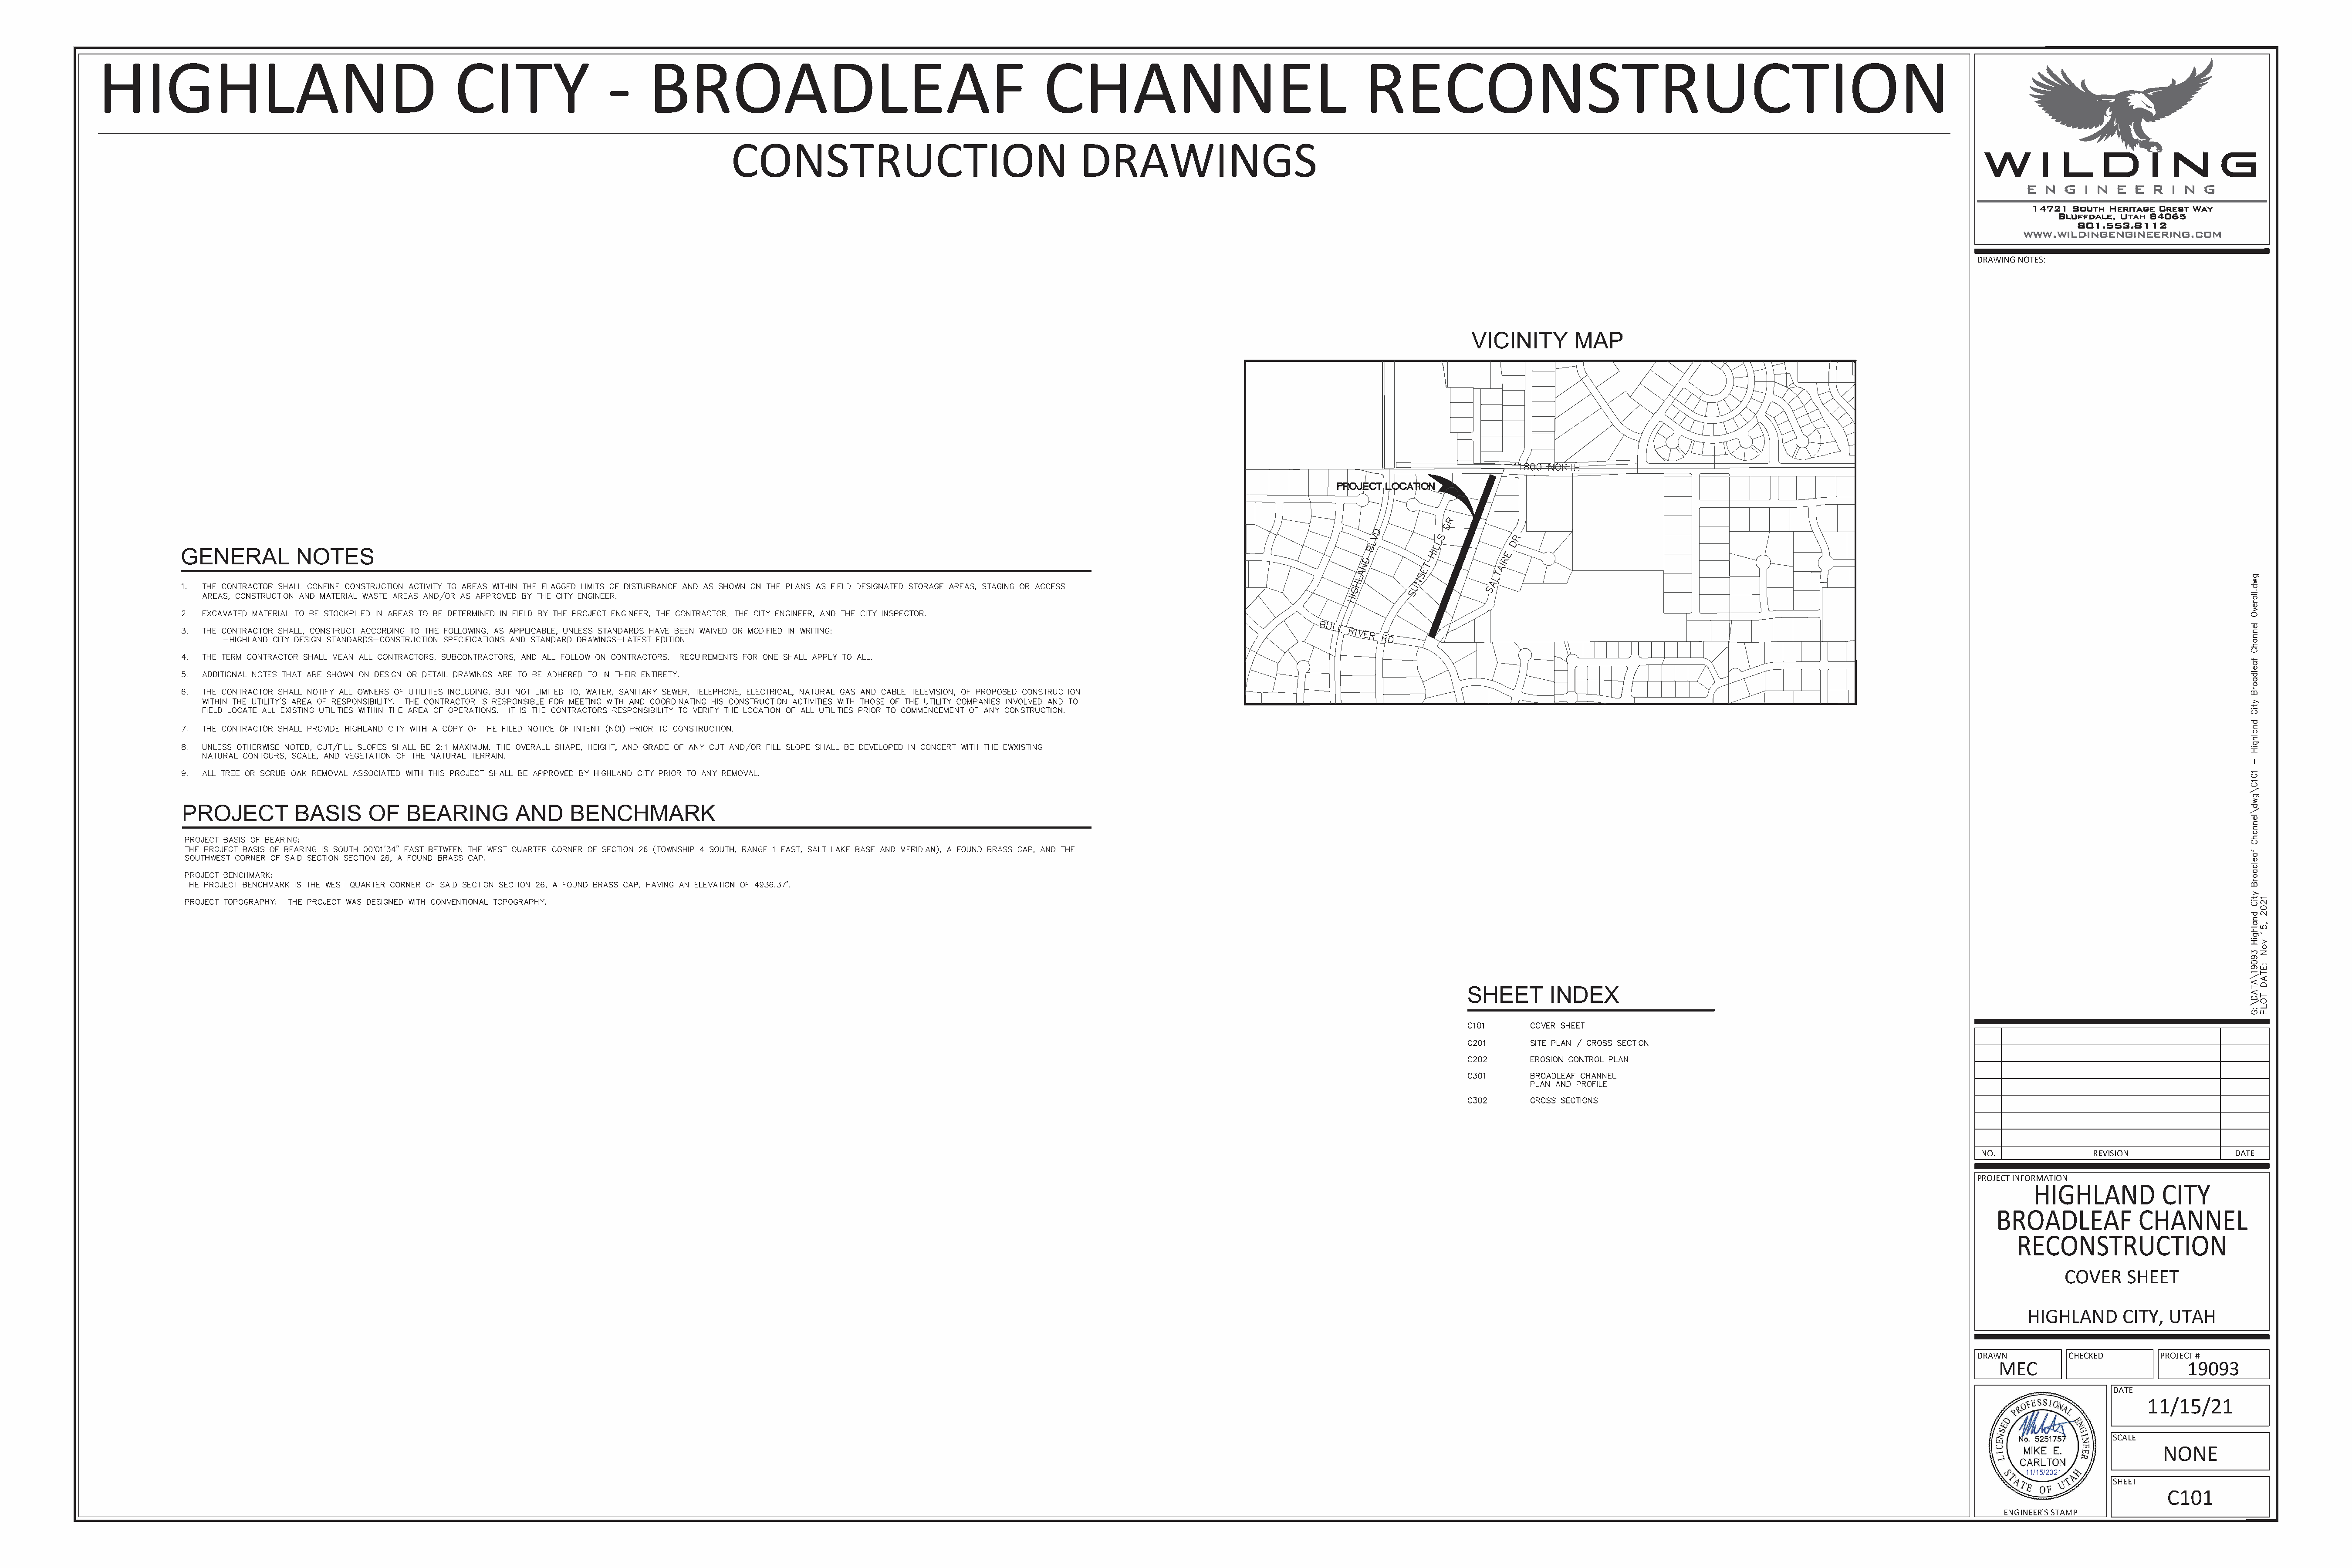
HIGHLAND                                              CITY                   -      BROADLEAF                                                   CHANNEL                                         RECONSTRUCTION
 CONSTRUCTION                                         DRAWINGS
 DRAWING NOTES:
 VICINITY       MAP
 GENERAL           NOTES
 PROJECT          BASIS      OF    BEARING         AND      BENCHMARK
 SHEET        INDEX
 NO.              REVISION              DATE
 PROJECT INFORMATION
 COVER    SHEET
 HIGHLAND       CITY,  UTAH
 DRAWN        CHECKED       PROJECT #
 MEC                          19093
 DATE
 11/15/21
 SCALE
 NONE
 11/15/2021
 SHEET
 C101
 ENGINEER'S STAMP